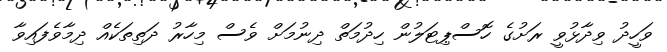
ވަހީދު ވިދާޅުވީ ރަށުގެ ހޮސްޕިޓަލުން ހިދުމަތް ދިނުމަށް ވެސް މިހާރު ދަތިތަކެއް ދިމާވެފައިވާ